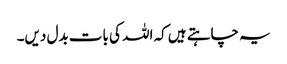
یہ چاہتے ہیں کہ اللہ کی بات بدل دیں۔